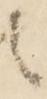
者